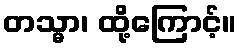
တသ္မာ၊ ထို့ကြောင့်။